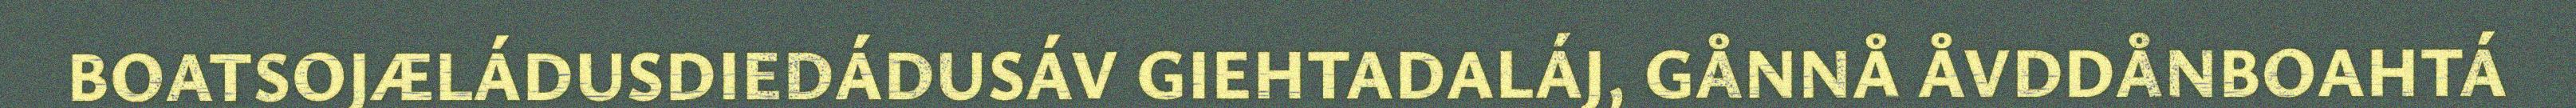
BOATSOJÆLÁDUSDIEDÁDUSÁV GIEHTADALÁJ, GÅNNÅ ÅVDDÅNBOAHTÁ